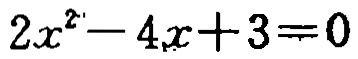
\(2x^{2}-4x + 3 = 0\)